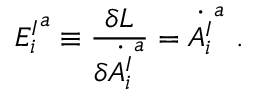
{ E _ { i } ^ { I } } ^ { a } \equiv \frac { \delta { \cal L } } { \delta \dot { A _ { i } ^ { I } } ^ { a } } = \dot { A _ { i } ^ { I } } ^ { a } ~ .